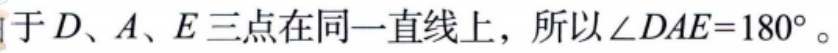
由于\(D、A、E\)三点在同一直线上，所以\(\angle DAE = 180^{\circ}\)。